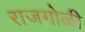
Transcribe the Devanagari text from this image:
राजगोळी